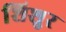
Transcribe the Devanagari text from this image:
शिशुर